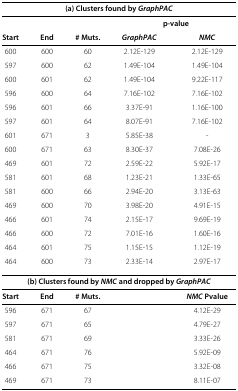
<table><thead><tr><td colspan="5"><b>(a) Clusters found by <i>GraphPAC</i></b></td></tr><tr><td><b> </b></td><td></td><td></td><td colspan="2"><b>p-value</b></td></tr><tr><td><b>Start</b></td><td><b>End</b></td><td><b># Muts.</b></td><td><b><i>GraphPAC</i></b></td><td><b><i>NMC</i></b></td></tr></thead><tbody><tr><td>600</td><td>600</td><td>60</td><td>2.12E-129</td><td>2.12E-129</td></tr><tr><td>597</td><td>600</td><td>62</td><td>1.49E-104</td><td>1.49E-104</td></tr><tr><td>600</td><td>601</td><td>62</td><td>1.49E-104</td><td>9.22E-117</td></tr><tr><td>596</td><td>600</td><td>64</td><td>7.16E-102</td><td>7.16E-102</td></tr><tr><td>596</td><td>601</td><td>66</td><td>3.37E-91</td><td>1.16E-100</td></tr><tr><td>597</td><td>601</td><td>64</td><td>8.07E-91</td><td>7.16E-102</td></tr><tr><td>601</td><td>671</td><td>3</td><td>5.85E-38</td><td>-</td></tr><tr><td>600</td><td>671</td><td>63</td><td>8.30E-37</td><td>7.08E-26</td></tr><tr><td>469</td><td>601</td><td>72</td><td>2.59E-22</td><td>5.92E-17</td></tr><tr><td>581</td><td>601</td><td>68</td><td>1.23E-21</td><td>1.33E-65</td></tr><tr><td>581</td><td>600</td><td>66</td><td>2.94E-20</td><td>3.13E-63</td></tr><tr><td>469</td><td>600</td><td>70</td><td>3.98E-20</td><td>4.91E-15</td></tr><tr><td>466</td><td>601</td><td>74</td><td>2.15E-17</td><td>9.69E-19</td></tr><tr><td>466</td><td>600</td><td>72</td><td>7.01E-16</td><td>1.60E-16</td></tr><tr><td>464</td><td>601</td><td>75</td><td>1.15E-15</td><td>1.12E-19</td></tr><tr><td>464</td><td>600</td><td>73</td><td>2.33E-14</td><td>2.97E-17</td></tr><tr><td colspan="5"><b>(b) Clusters found by </b><b><i>NMC </i></b><b> and dropped by</b><b><i>GraphPAC</i></b></td></tr><tr><td><b>Start</b></td><td><b>End</b></td><td><b># Muts.</b></td><td> </td><td><b><i>NMC</i></b><b> Pvalue</b></td></tr><tr><td>596</td><td>671</td><td>67</td><td> </td><td>4.12E-29</td></tr><tr><td>597</td><td>671</td><td>65</td><td> </td><td>4.79E-27</td></tr><tr><td>581</td><td>671</td><td>69</td><td> </td><td>3.33E-26</td></tr><tr><td>464</td><td>671</td><td>76</td><td> </td><td>5.92E-09</td></tr><tr><td>466</td><td>671</td><td>75</td><td> </td><td>3.32E-08</td></tr><tr><td>469</td><td>671</td><td>73</td><td> </td><td>8.11E-07</td></tr></tbody></table>